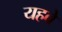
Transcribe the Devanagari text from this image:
यहवे